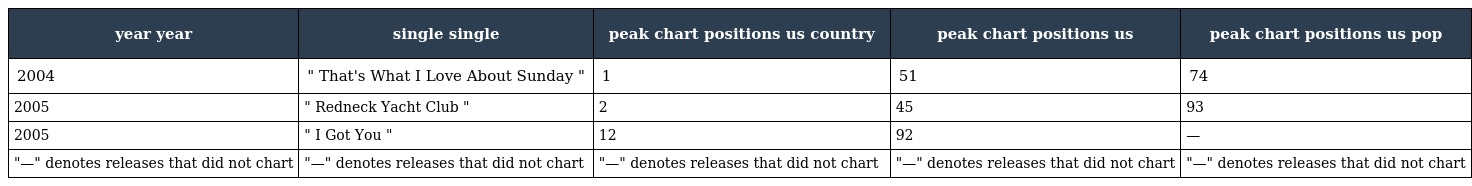
| year year | single single | peak chart positions us country | peak chart positions us | peak chart positions us pop |
 | --- | --- | --- | --- | --- |
 | 2004 | " That's What I Love About Sunday " | 1 | 51 | 74 |
 | 2005 | " Redneck Yacht Club " | 2 | 45 | 93 |
 | 2005 | " I Got You " | 12 | 92 | — |
 | "—" denotes releases that did not chart | "—" denotes releases that did not chart | "—" denotes releases that did not chart | "—" denotes releases that did not chart | "—" denotes releases that did not chart |